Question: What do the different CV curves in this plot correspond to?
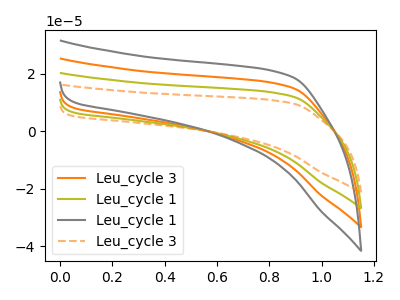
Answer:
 <answer>The orange curve is labeled "Leu_cycle 3". The olive curve is labeled "Leu_cycle 1". The gray curve is labeled "Leu_cycle 1". The orange dashed curve is labeled "Leu_cycle 3".</answer>
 <eval></eval>